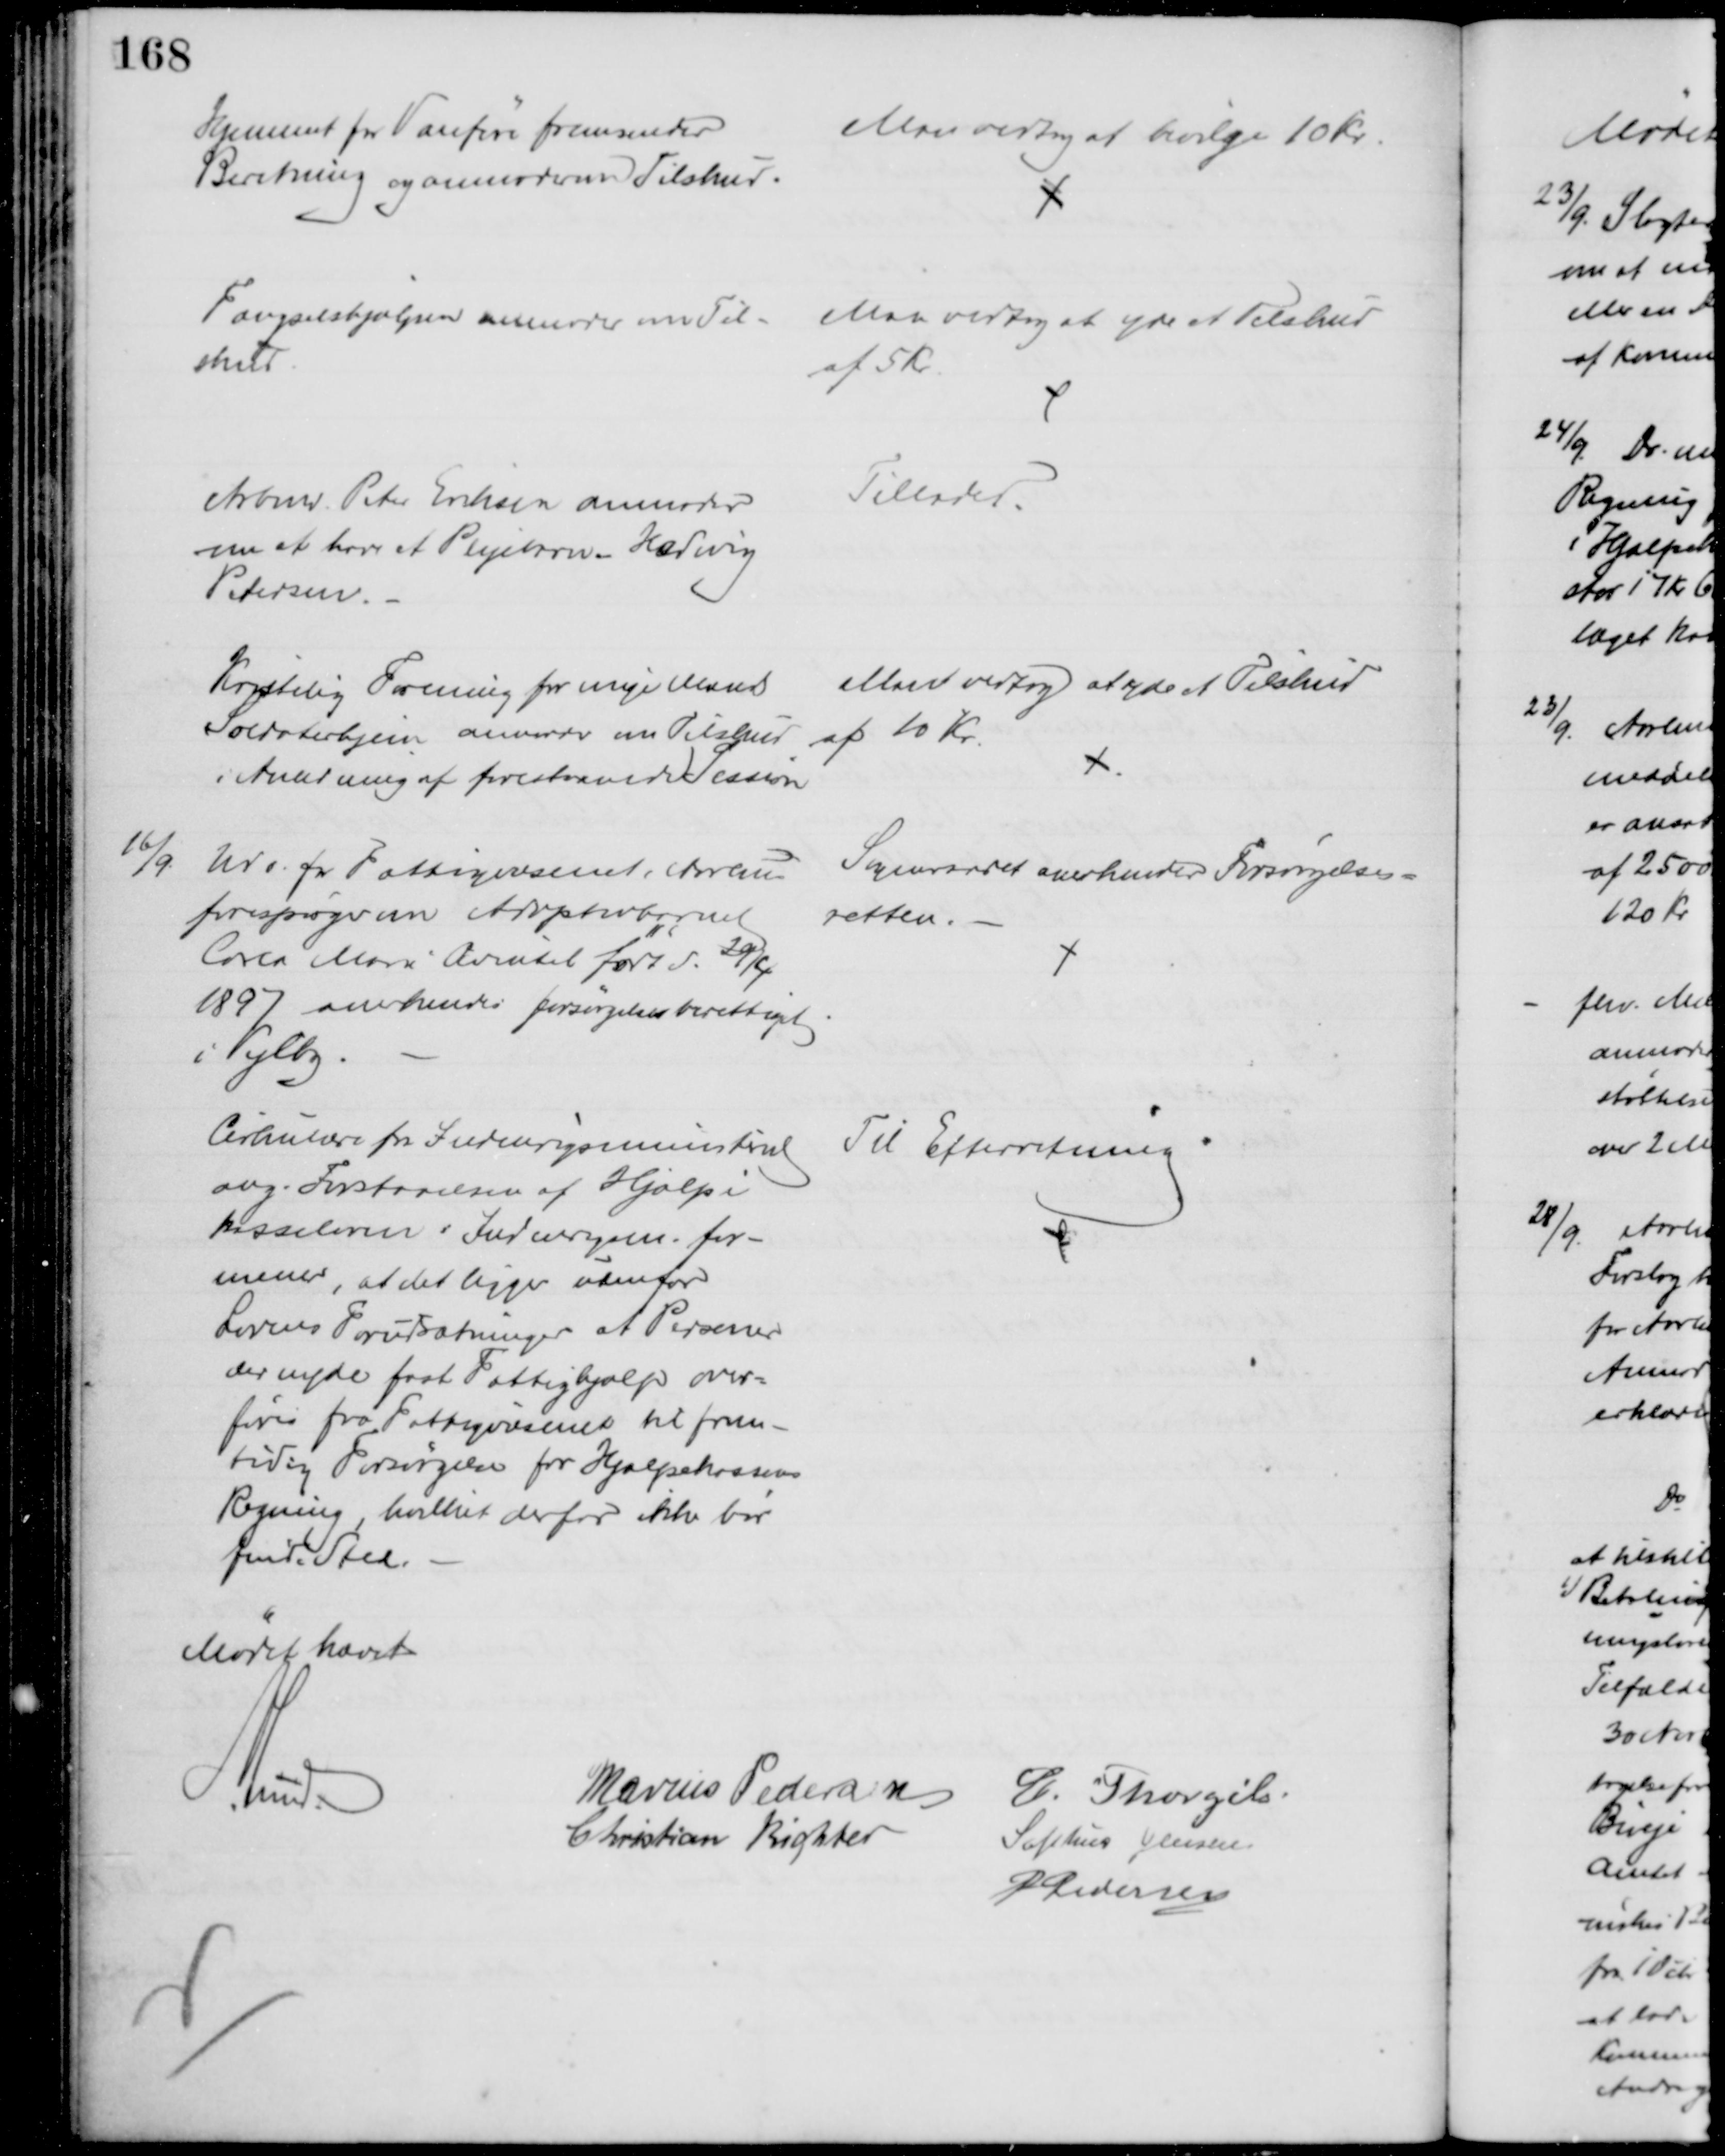
Transskription:
Hjemmet for Vanføre fremsender
Beretning og anmoder om Tilskud.
Man vedtog at bevilge 10 Kr.
Fængselshjælpen anmoder om Til-
skud.
Man vedtog at yde et Tilskud
af 5 Kr
Arbmd. Peter Eriksen anmoder
om at have et Plejebarn - Hedvig
Petersen.
Tillodes.
Kristelig Forening for unge Mænds
Soldaterhjem anmoder om Tilskud
i Anledning af forestaaende Session
Man vedtog at yde et Tilskud
af 10 Kr
16/9
Udv. for Fattigvæsenet i Aarhus
forespørger om Adoptivbarnet
Carla Marie Qvintel født d. 29/4
1897 anerkendes forsørgelsesberettiget
i Vejlby.
Sogneraadet anerkender Forsørgelses=
retten.
Cirkulære fra Indenrigsministeriet
ang. Forstaaelsen af Hjælp i
kasseloven: Indenrigsm. for-
mener, at det ligger udenfor
Lovens Forudsætninger af Personer
der nyder fast Fattighjælp over=
føres fra Fattigvæsenet til frem-
tidig Forsørgelse for Hjælpekassens
Regning, hvilket derfor ikke bør
finde Sted.
Til Efterretning
Mødet hævet
A Lund.
Marius Pedersen
C. Thorgils
Christian Richter
Sophus Jensen
P Pedersen